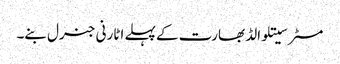
مسٹر سیتلوالڈ بھارت کے پہلے اٹارنی جنرل بنے۔